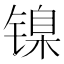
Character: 镍